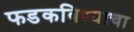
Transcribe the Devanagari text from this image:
फडकविण्याचा